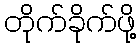
တိုက်ခိုက်ဖို့